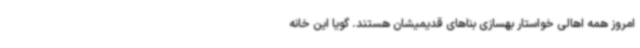
امروز همه اهالی خواستار بهسازی بناهای قدیمیشان هستند. گویا این خانه